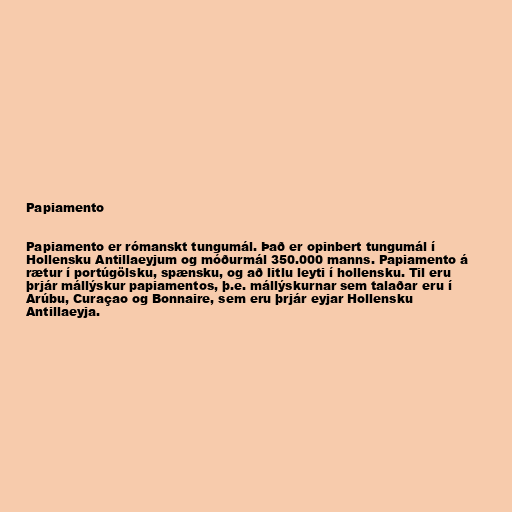
Papiamento

Papiamento er rómanskt tungumál. Það er opinbert tungumál í
Hollensku Antillaeyjum og móðurmál 350.000 manns. Papiamento á
rætur í portúgölsku, spænsku, og að litlu leyti í hollensku. Til eru
þrjár mállýskur papiamentos, þ.e. mállýskurnar sem talaðar eru í
Arúbu, Curaçao og Bonnaire, sem eru þrjár eyjar Hollensku
Antillaeyja.